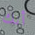
أنك